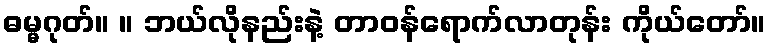
ဓမ္မဂုတ်။ ။ ဘယ်လိုနည်းနဲ့ တာဝန်ရောက်လာတုန်း ကိုယ်တော်။